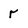
Character: r